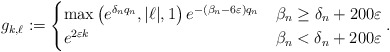
\begin{align*}g_{k, \ell}:= \begin{cases}\max \left(e^{\delta_{n} q_{n}},|\ell|, 1\right) e^{-\left(\beta_{n}-6 \varepsilon\right) q_{n}} & \beta_{n} \geq \delta_{n}+200 \varepsilon \\ e^{2 \varepsilon k} & \beta_{n}<\delta_{n}+200 \varepsilon\end{cases}.\end{align*}